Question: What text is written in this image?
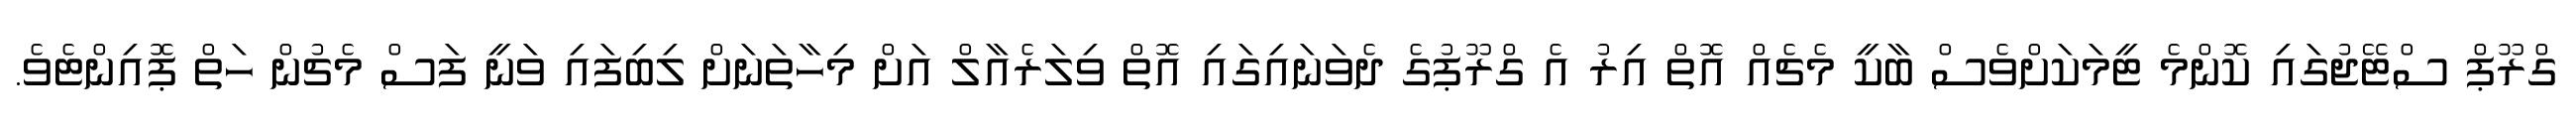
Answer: ގްރޫޕް ސްޓޭޖުގައި ކޮންމެ ޓީމަކަށްވެސް ބާކީ މެޗެއް އޮތް އިރު އެ ގްރޫޕުގެ ދެވަނައިގައި އޮތް ވިލަރެއާލް އަށް މިހާތަނަށް ލިބިފައި ވަނީ ފަސް މެޗުން ހަތް ޕޮއިންޓެވެ.